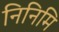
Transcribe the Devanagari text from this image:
निनिमि